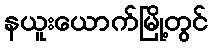
နယူးယောက်မြို့တွင်